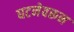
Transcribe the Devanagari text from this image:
घटनेवरून